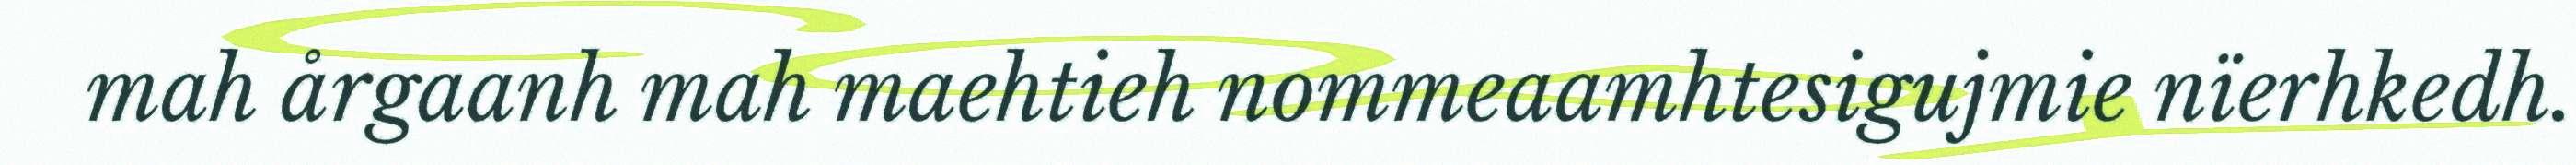
mah årgaanh mah maehtieh nommeaamhtesigujmie nïerhkedh.